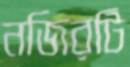
নজিরটি